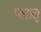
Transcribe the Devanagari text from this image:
प्लातु